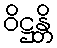
ဝိဋ္ဌန္တိ